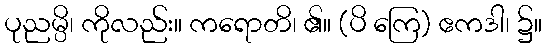
ပုညမ္ပိ၊ ကိုလည်း။ ကရောတိ၊ ၏။ (ပိ ကြေ) ဧကဒါ၊ ၌။